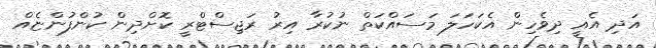
އަދި އެއީ ދިވެހިން އެކަހަލަ މަސައްކަތް ނުކުރާ އިރު ރަޖިސްޓްރީ ކޮށްދިން ކުންފުންޏެއް